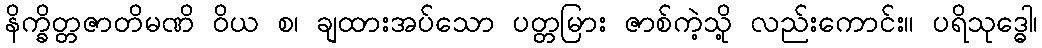
နိက္ခိတ္တဇာတိမဏိ ဝိယ စ၊ ချထားအပ်သော ပတ္တမြား ဇာစ်ကဲ့သို့ လည်းကောင်း။ ပရိသုဒ္ဓေါ၊